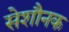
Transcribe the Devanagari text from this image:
सेशौनक